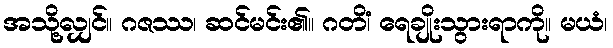
အသို့လျှင်။ ဂဇဿ၊ ဆင်မင်း၏။ ဂတိံ၊ ရေချိုးသွားရာကို။ မယံ၊